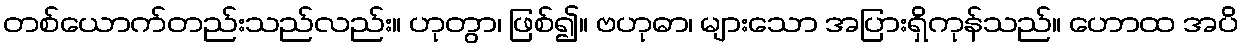
တစ်ယောက်တည်းသည်လည်း။ ဟုတွာ၊ ဖြစ်၍။ ဗဟုဓာ၊ များသော အပြားရှိကုန်သည်။ ဟောထ အပိ